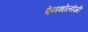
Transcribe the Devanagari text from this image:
ऐनथोलौजी